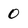
Character: 0